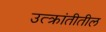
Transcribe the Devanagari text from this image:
उत्क्रांतीतील